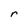
Character: r